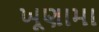
ખૂણામા